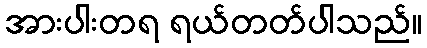
အားပါးတရ ရယ်တတ်ပါသည်။